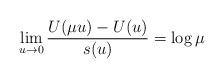
LaTeX: \begin{align*}\lim_{u\rightarrow 0} \frac{U(\mu u)-U(u)}{s(u)}=\log \mu \end{align*}